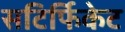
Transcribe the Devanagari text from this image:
सटिर्फिकेट